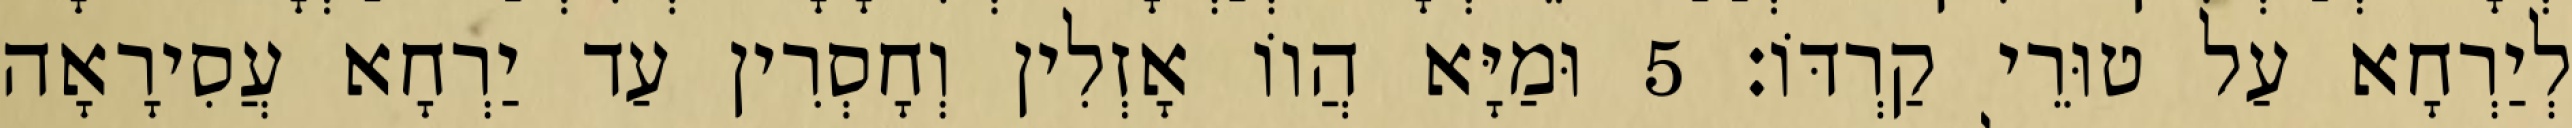
לְיַרְחָא עַל טוּרֵי קַרְדּוֹ׃ 5 וּמַיָּא הֲווֹ אָזְלִין וְחָסְרִין עַד יַרְחָא עֲסִירָאָה